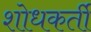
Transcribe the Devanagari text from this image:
शोधकर्ती